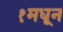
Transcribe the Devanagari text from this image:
१मधून